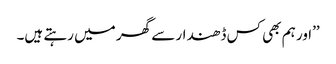
’’اور ہم بھی کس ڈھندار سے گھر میں رہتے ہیں۔